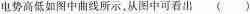
电势高低如图中曲线所示，从图中可看出()